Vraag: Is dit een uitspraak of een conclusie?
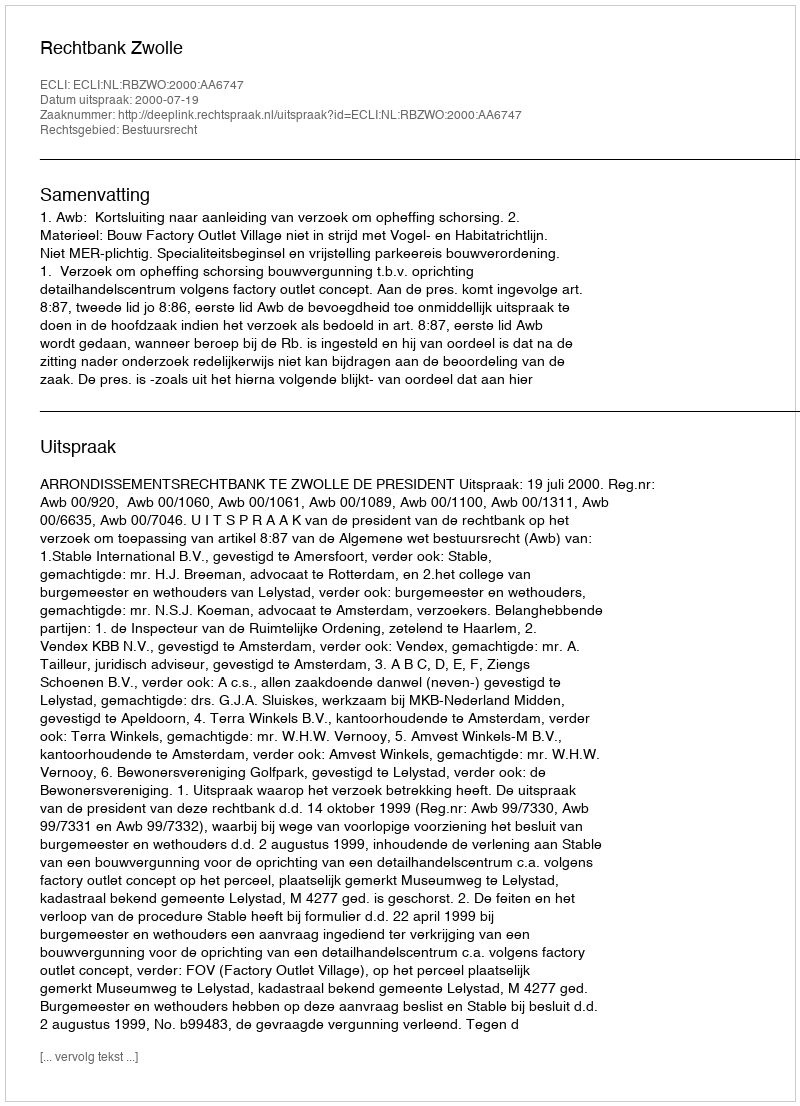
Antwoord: Uitspraak